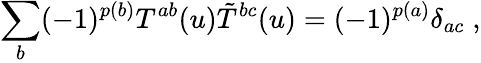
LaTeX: \sum_{b}(-1)^{p(b)}T^{ab}(u)\tilde{T}^{bc}(u)=(-1)^{p(a)}\delta_{ac}\; ,